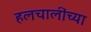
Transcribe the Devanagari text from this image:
हलचालींच्या